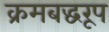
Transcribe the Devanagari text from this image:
क्रमबद्धरूप